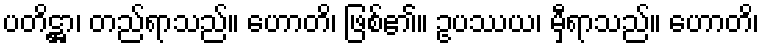
ပတိဋ္ဌာ၊ တည်ရာသည်။ ဟောတိ၊ ဖြစ်၏။ ဥပဿယ၊ မှီရာသည်။ ဟောတိ၊